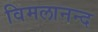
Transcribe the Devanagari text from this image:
विमलानन्द